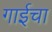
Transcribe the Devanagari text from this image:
गाईचा